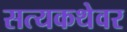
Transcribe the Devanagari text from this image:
सत्यकथेवर